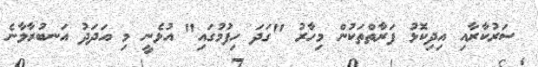
ސަރުކާރާއި އިދިކޮޅު ފަރާތްތަކުން މިހާރު "ގަދަ ހިފުމުގައި" އުޅެނީ މި އަދަދު އަނބުރާލާނެ